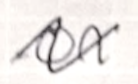
Text: on
Cross-out: wave
Writing tool: ballpoint